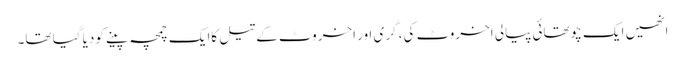
انھیں ایک چوتھائی پیالی اخروٹ کی، گری اور اخروٹ کے تیل کاایک چمچہ پینے کودیا گیا تھا۔